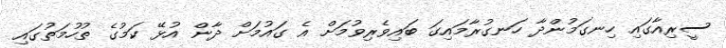
ސީރިއާގައި ހިނގަމުންދާ ހަނގުރާމައިގަ ބައިވެރިވުމަށް އެ ގައުމަށް ދާން އުޅޭ ކަމުގެ ތުހުމަތުގައި